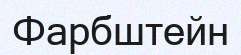
Фарбштейн